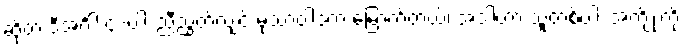
ဆိုတဲ့ ဒီအင်္ဂါ ၄-ပါး ညီညွတ်လျှင် မုသာဝါဒကံ မြောက်တယ်၊ အဲဒါဟာ သူတစ်ပါး အကျိုးကို